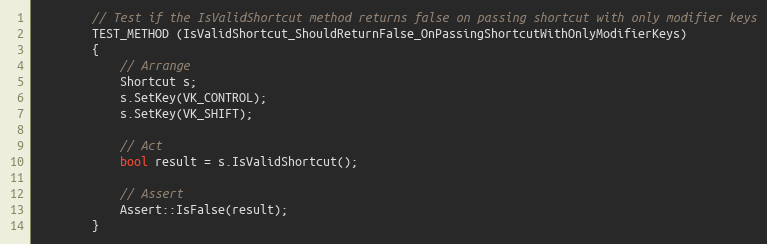
Language: C++
        // Test if the IsValidShortcut method returns false on passing shortcut with only modifier keys
        TEST_METHOD (IsValidShortcut_ShouldReturnFalse_OnPassingShortcutWithOnlyModifierKeys)
        {
            // Arrange
            Shortcut s;
            s.SetKey(VK_CONTROL);
            s.SetKey(VK_SHIFT);

            // Act
            bool result = s.IsValidShortcut();

            // Assert
            Assert::IsFalse(result);
        }